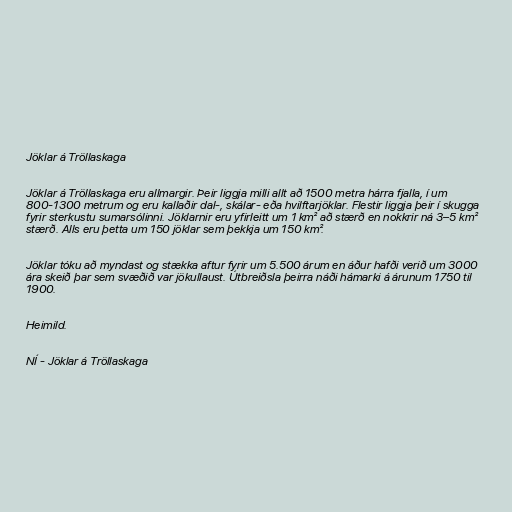
Jöklar á Tröllaskaga

Jöklar á Tröllaskaga eru allmargir. Þeir liggja milli allt að 1500 metra hárra fjalla, í um
800-1300 metrum og eru kallaðir dal-, skálar- eða hvilftarjöklar. Flestir liggja þeir í skugga
fyrir sterkustu sumarsólinni. Jöklarnir eru yfirleitt um 1 km² að stærð en nokkrir ná 3–5 km²
stærð. Alls eru þetta um 150 jöklar sem þekkja um 150 km².

Jöklar tóku að myndast og stækka aftur fyrir um 5.500 árum en áður hafði verið um 3000
ára skeið þar sem svæðið var jökullaust. Útbreiðsla þeirra náði hámarki á árunum 1750 til
1900.

Heimild.

NÍ - Jöklar á Tröllaskaga